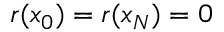
r ( x _ { 0 } ) = r ( x _ { N } ) = 0